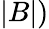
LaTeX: |B|)